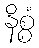
နိစ္စံ